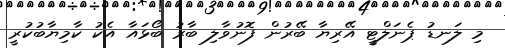
މި ލަނޑު ޕެނަލްޓީ އޭރިޔާ ބޭރުން ފޮނުވާލި ބާރު ބޯޅައާ އެކު ކާމިޔާބުކުރީ